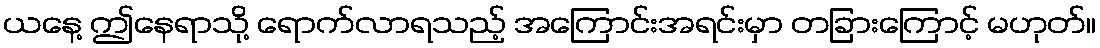
ယနေ့ ဤနေရာသို့ ရောက်လာရသည့် အကြောင်းအရင်းမှာ တခြားကြောင့် မဟုတ်။